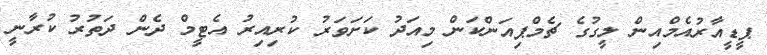
ޕީޑީއާރުއެމްއިން ލީގުގެ ޗެމްޕިއަންކަން މިއަދު ކަށަވަރު ކުރިއިރު އެޓީމް ދެން ދަތުރު ކުރާނީ